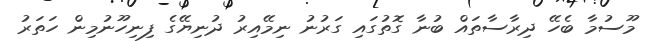
މޫސުމާ ބެހޭ ދިރާސާތައް ބުނާ ގޮތުގައި ގަރުނު ނިމޭއިރު ދުނިޔޭގެ ފިނިހޫނުމިން ހަތަރު